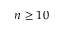
n \geq 1 0